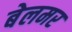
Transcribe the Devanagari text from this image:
बेलमर